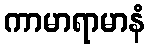
ကာမာရာမာနံ